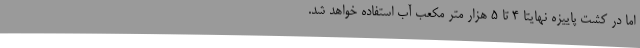
اما در کشت پاییزه نهایتا 4 تا 5 هزار متر مکعب آب استفاده خواهد شد.